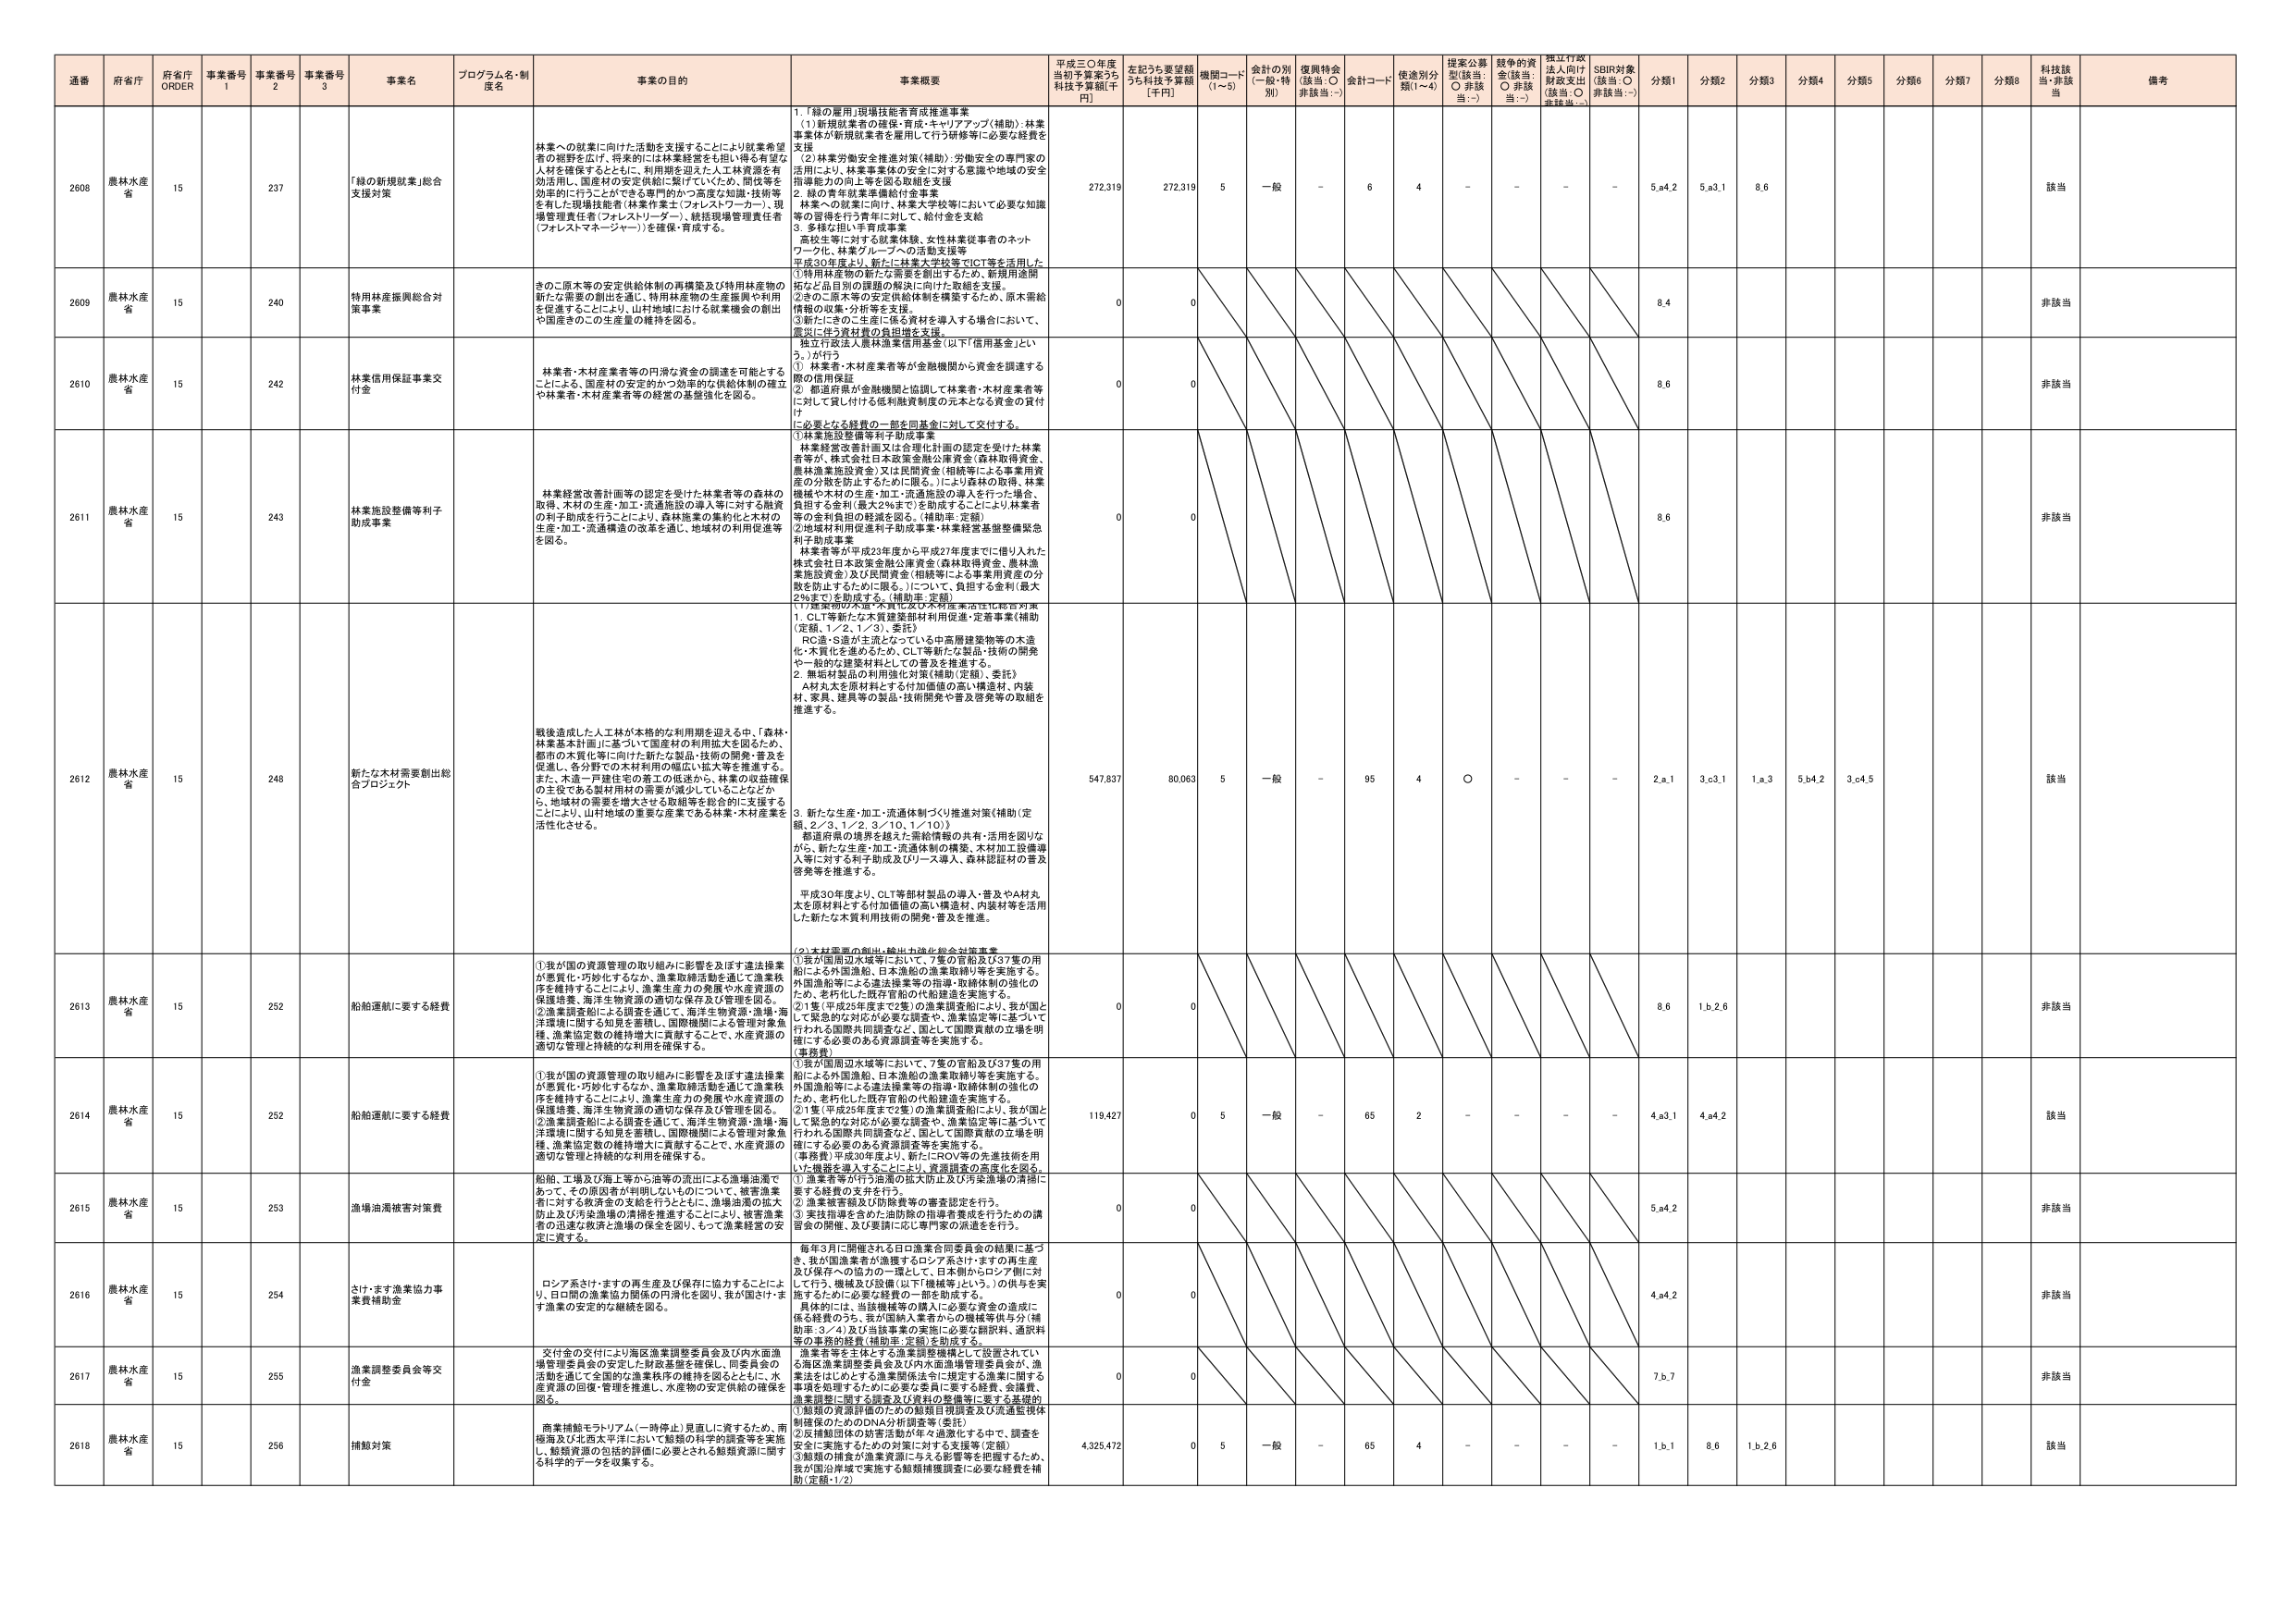
通番 府省庁 府省庁 ORDER 事業番号 1 事業番号 2 事業番号 3 事業名 プログラム名・制度名 事業の目的 事業概要 平成三〇年度当初予算案うち科技予算額[千円] 左記うち要望額うち科技予算額[千円] 機関コード(1~5) 会計の別(一般・特別) 復興特会(該当:○ 非該当:－) 会計コード 使用別分類(1~4) 提案公募型(該当:○ 非該当:－) 競争的資金(該当:○ 非該当:－) 指定行政法人向け財政支出(該当:○ 非該当:－) SDBR対象(該当:○ 非該当:－) 分類1 分類2 分類3 分類4 分類5 分類6 分類7 分類8 科技該当・非該当 備考

2608 農林水産省 15 237 「緑の新規就業」総合支援対策 林業への就業に向けた活動を支援することにより就業希望者の裾野を広げ、将来的には林業経営をも担い得る有望な人材を確保するとともに、利用期を迎えた人工林資源を有効活用し、国産材の安定供給に繋げていくため、園児等を効率的に行うことができる専門的かつ高度な知識・技術等を有した現場技能者（林業作業士（フォレストワーカー）、現場管理責任者（フォレストリーダー）、統括現場管理責任者（フォレストマネージャー））を確保・育成する。 1．「緑の雇用」現場技能者育成推進事業 （1）新規就業者の確保・育成・キャリアアップ（補助）：林業事業体が新規就業者を雇用して行う研修等に必要な経費を支援 （2）林業労働安全推進対策（補助）：労働安全の専門家の活用により、林業事業体の安全に対する意識や地域の安全指導能力の向上等を図る取組を支援 2．緑の青年就業準備給付金事業 林業への就業に向け、林業大学校等において必要な知識等の習得を行う青年に対して、給付金を支給 3．多様な担い手育成事業 高校生等に対する就業体験、女性林業従事者のネットワーク化、林業グループへの活動支援等 平成30年度より、新たに林業大学校等でICT等を活用した「特用林産物の新たな需要を創出するため、新規用途開拓など品目別の課題の解決に向けた取組を支援。 ②きのこ原木等の安定供給体制を構築するため、原木需給情報の収集・分析等を支援。 ③新たにきのこ生産に係る資材を導入する場合において、震災に伴う資材費の負担増を支援。 独立行政法人農林漁業信用基金（以下「信用基金」という。）が行う （3）林業者・木材産業者等が金融機関から資金を調達する際の信用保証 ② 都道府県が金融機関と協議して林業者・木材産業者等に対して貸し付ける低利融資制度の元本となる資金の貸付け ①必要となる経費の一部を同基金に対して交付する。 272,319 272,319 5 一般 - 6 4 - - - - 5.a4.2 5.a3.1 8.6 該当

2609 農林水産省 15 240 特用林産振興総合対策事業 きのこ原木等の安定供給体制の再構築及び特用林産物の新たな需要の創出を通じ、特用林産物の生産振興や利用を促進することにより、山村地域における就業機会の創出や国産きのこの生産量の維持を図る。 0 0 8.4 非該当

2610 農林水産省 15 242 林業信用保証事業交付金 林業者・木材産業者等の円滑な資金の調達を可能とすることによる、国産材の安定的かつ効率的な供給体制の確立や林業者・木材産業者等の経営の基盤強化を図る。 0 0 8.6 非該当

2611 農林水産省 15 243 林業施設整備等利子助成事業 林業経営改善計画等の認定を受けた林業者等の森林の取得、木材の生産・加工・流通施設の導入等に対する融資の利子助成を行うことにより、森林施業の集約化と木材の生産・加工・流通構造の改善を通じ、地域材の利用促進等を図る。 ①林業施設整備等利子助成事業 林業経営改善計画又は合理化計画の認定を受けた林業者等が、株式会社日本政策金融公庫資金（森林取得資金、農林漁業施設資金）又は民間資金（相続等による事業用資産の分散を防止するために限る。）により森林の取得、林業機械や木材の生産・加工・流通施設の導入を行った場合、負担する金利（最大2％まで）を助成することにより林業者の金利負担の軽減を図る。（補助率：定額） ②地域材利用促進利子助成事業・林業経営基盤整備緊急利子助成事業 林業者等が平成23年度から平成27年度までに借り入れた株式会社日本政策金融公庫資金（森林取得資金、農林漁業施設資金）及び民間資金（相続等による事業用資産の分散を防止するために限る。）について、負担する金利（最大2％まで）を助成する。（補助率：定額） 0 0 8.6 非該当

2612 農林水産省 15 248 新たな木材需要創出総合プロジェクト 戦後造成した人工林が本格的な利用期を迎える中、「森林・林業基本計画」に基づいて国産材の利用拡大を図るため、都市の木質化等に向けた新たな製品・技術の開発・普及を促進し、各分野での木材利用増を図り、拡大等を推進する。 また、木造一戸建住宅の施工の低減から、林業の収益確保の主役である製材用材の需要が減少していることなどから、地域材の需要を増大させる取組等を総合的に支援することにより、山村地域の重要な産業である林業・木材産業を活性化させる。 （1）建築物の木質化及び木材産業活性化総合対策 1．CLT等新たな木質建築部材利用促進・定着事業（補助（定額、1／2、1／3）、委託） RC造・S造が主流となっている中高層建築物等の木造化・木質化を進めるため、CLT等新たな製品・技術の開発や一般的な建築材料としての普及を推進する。 2．無垢材製品の利用強化対策（補助（定額）、委託） A材丸太を原材料とする付加価値の高い構造材、内装材、家具、建具等の製品・技術開発や普及啓発等の取組を推進する。 3．新たな生産・加工・流通体制づくり推進対策（補助（定額、2／3、1／2、3／10、1／10）） 都道府県の境界を越えた需給情報の共有・活用を図りながら、新たな生産・加工・流通体制の構築、木材加工設備導入等に対する利子助成及びリース導入、森林認証材の普及啓発等を推進する。 平成30年度より、CLT等部材製品の導入・普及やA材丸太を原材料とする付加価値の高い構造材、内装材等を活用した新たな木質利用技術の開発・普及を推進。 547,837 80,063 5 一般 - 95 4 ○ - - - 2.a.1 3.c3.1 1.a.3 5.b4.2 3.c4.5 該当

2613 農林水産省 15 252 船舶運航に要する経費 ①我が国の資源管理の取り組みに影響を及ぼす違法操業が悪質化・巧妙化するなか、漁業取締活動を通じて漁業秩序を維持することにより、漁業生産力の発展や水産資源の保護増養、海洋生物資源の適切な保存及び管理を図る。 ②漁業調査船による調査を通じて、海洋生物資源・漁場・海洋環境に関する知見を蓄積し、国際機関による管理対象魚種、漁業協定数の維持増大に貢献することで、水産資源の適切な管理と持続的な利用を確保する。 （1）木材需要の創出・輸出・強化総合対策事業 ①我が国周辺水域等において、7隻の官船及び37隻の用船による外国漁船、日本漁船の漁業取締り等を実施する。外国漁船等による違法操業等の指導・取締体制の強化のため、老朽化した既存官船の代船建造を実施する。 ②1隻（平成25年度まで2隻）の漁業調査船により、我が国として緊急的な対応が必要な調査や、漁業協定等に基づいて行われる国際共同調査など、国として国際責務の立場を明確にする必要のある資源調査等を実施する。 （事務費） 0 0 8.6 1.b.2.6 非該当

2614 農林水産省 15 252 船舶運航に要する経費 ①我が国の資源管理の取り組みに影響を及ぼす違法操業が悪質化・巧妙化するなか、漁業取締活動を通じて漁業秩序を維持することにより、漁業生産力の発展や水産資源の保護増養、海洋生物資源の適切な保存及び管理を図る。 ②漁業調査船による調査を通じて、海洋生物資源・漁場・海洋環境に関する知見を蓄積し、国際機関による管理対象魚種、漁業協定数の維持増大に貢献することで、水産資源の適切な管理と持続的な利用を確保する。 ①我が国周辺水域等において、7隻の官船及び37隻の用船による外国漁船、日本漁船の漁業取締り等を実施する。外国漁船等による違法操業等の指導・取締体制の強化のため、老朽化した既存官船の代船建造を実施する。 ②1隻（平成25年度まで2隻）の漁業調査船により、我が国として緊急的な対応が必要な調査や、漁業協定等に基づいて行われる国際共同調査など、国として国際責務の立場を明確にする必要のある資源調査等を実施する。 （事務費）平成30年度より、新たにROV等の先進技術を用いた機器を導入することにより、資源調査の高度化を図る。 119,427 0 5 一般 - 65 2 - - - - 4.a3.1 4.a4.2 該当

2615 農林水産省 15 253 漁場油濁被害対策費 船舶、工場及び海上等から油等の流出による漁場油濁であって、その原因者が判明しないものについて、被害漁業者に対する救済金の支給を行うとともに、漁場油濁の拡大防止及び汚染漁場の清掃を推進することにより、被害漁業者の迅速な救済と漁場の保全を図り、もって漁業経営の安定に資する。 ①漁業者等が行う油濁の拡大防止及び汚染漁場の清掃に要する経費の支弁を行う。 ②漁業被害額及び防除費等の審査認定を行う。 ③実技指導を含めた油防除の指導者養成を行うための講習会の開催、及び要請に応じ専門家の派遣を行う。 0 0 5.a4.2 非該当

2616 農林水産省 15 254 さけ・ます漁業協力事業費補助金 ロシア系さけ・ますの再生産及び保存に協力することにより、日ロ間の漁業協力関係の円滑化を図り、我が国さけ・ます漁業の安定的な継続を図る。 毎年3月に開催される日ロ漁業合同委員会の結果に基づき、我が国漁業者が漁獲するロシア系さけ・ますの再生産及び保存への協力の一環として、日本側からロシア側に対して行う、機械及び設備（以下「機械等」という。）の供与を実施するため必要な経費の一部を助成する。 具体的には、当該機械等の購入に必要な資金の造成に係る経費のうち、我が国納入業者からの機械等供与分（補助率：3／4）及び当該事業の実施に必要な請款料、通訳料等の事務的経費（補助率：定額）を助成する。 0 0 4.a4.2 非該当

2617 農林水産省 15 255 漁業調整委員会等交付金 交付金の交付により海区漁業調整委員会及び内水面漁場管理委員会の安定した財政基盤を確保し、同委員会の活動を通じて全国的な漁業秩序の維持を図るとともに、水産資源の回復・管理を推進し、水産物の安定供給の確保を図る。 漁業者等を主体とする漁業調整機構として設置されている海区漁業調整委員会及び内水面漁場管理委員会が、漁業法をはじめとする漁業関係法令に規定する漁業に関する事項を処理するために必要な委員に要する経費、会議費、漁業調整に関する調査及び資料の整理等に要する基礎的 0 0 7.b.7 非該当

2618 農林水産省 15 256 捕鯨対策 商業捕鯨をラトリアム（一時停止）見直しに資するため、南極海及び北西太平洋において鯨類の科学的調査等を実施し、鯨類資源の包括的評価に必要とされる鯨類資源に関する科学的データを収集する。 ①鯨類の資源評価のための鯨類目視調査及び渦通監視体制確保のためのDNA分析調査等（委託） ②北捕鯨団体の防害活動が年々過激化する中で、調査を安全に実施するための対策に対する支援等（定額） ③鯨類の捕食が漁業資源に与える影響等を把握するため、我が国沿岸域で実施する鯨類捕獲調査に必要な経費を補助（定額・1／2） 4,325,472 0 5 一般 - 65 4 - - - - 1.b.1 8.6 1.b.2.6 該当